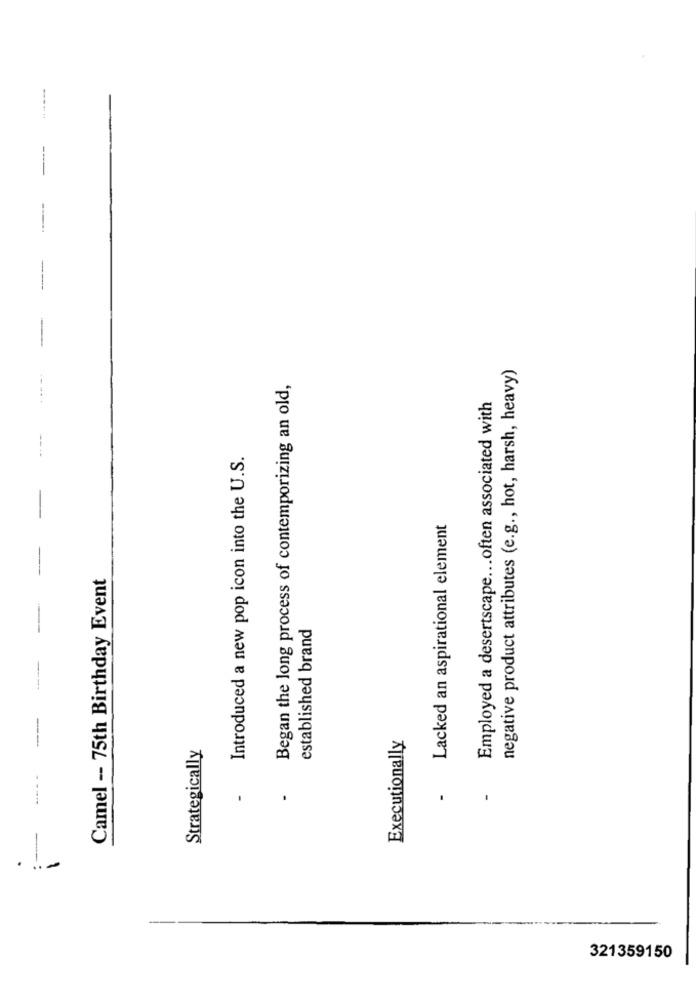
-----
----
negative product attributes (e.g ., hot, harsh, heavy)
Began the long process of contemporizing an old,
Employed a desertscape ... often associated with
Introduced a new pop icon into the U.S.
Lacked an aspirational element
Camel -- 75th Birthday Event
established brand
--
Strategically
Executionally
--
-
....
321359150